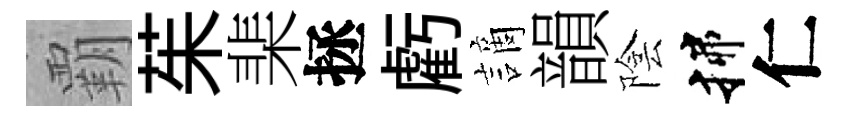
覇茱棐拯虧謫韻陰揲仁